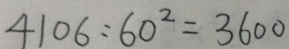
4 1 0 6 : 6 0 ^ { 2 } = 3 6 0 0